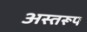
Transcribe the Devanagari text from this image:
अस्तरूप